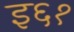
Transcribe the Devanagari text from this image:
इ६१